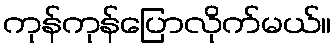
ကုန်ကုန်ပြောလိုက်မယ်။